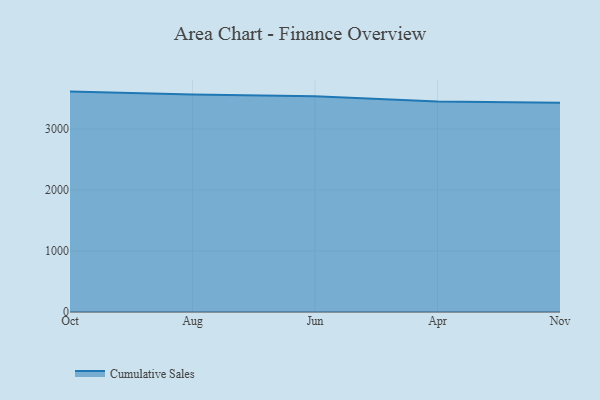
{"axis": {"x": "Month", "y": "Budget (USD K)"}, "legend": ["Cumulative Sales"], "data": [{"x": "Oct", "y": 3611.7, "type": "Cumulative Sales"}, {"x": "Aug", "y": 3565.7, "type": "Cumulative Sales"}, {"x": "Jun", "y": 3535.7, "type": "Cumulative Sales"}, {"x": "Apr", "y": 3451.0, "type": "Cumulative Sales"}, {"x": "Nov", "y": 3428.1, "type": "Cumulative Sales"}]}